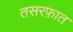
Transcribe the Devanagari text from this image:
तसरफ़ात